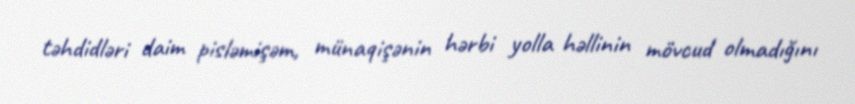
təhdidləri daim pisləmişəm, münaqişənin hərbi yolla həllinin mövcud olmadığını